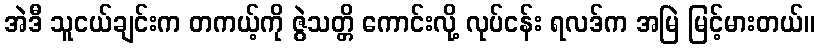
အဲဒီ သူငယ်ချင်းက တကယ့်ကို ဇွဲသတ္တိ ကောင်းလို့ လုပ်ငန်း ရလဒ်က အမြဲ မြင့်မားတယ်။